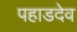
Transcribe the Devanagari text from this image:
पहाडदेव